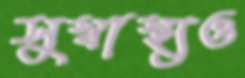
সুস্বাস্থ্যও